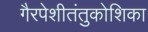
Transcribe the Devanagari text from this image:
गैरपेशीतंतुकोशिका